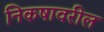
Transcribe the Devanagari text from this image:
निकषावरील